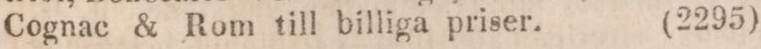
Cognac & Rom till billiga priser.     (2295)